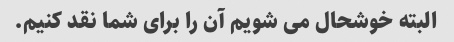
البته خوشحال می شویم آن را برای شما نقد کنیم.